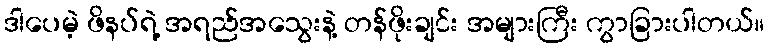
ဒါပေမဲ့ ဖိနပ်ရဲ့ အရည်အသွေးနဲ့ တန်ဖိုးချင်း အများကြီး ကွာခြားပါတယ်။